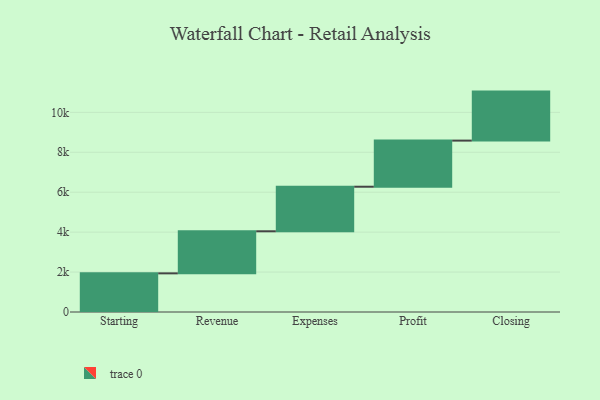
{"axis": {"x": "Step", "y": "Value"}, "legend": [""], "data": [{"x": "Starting", "y": 1936.0, "type": ""}, {"x": "Revenue", "y": 2107.0, "type": ""}, {"x": "Expenses", "y": 2232.0, "type": ""}, {"x": "Profit", "y": 2310.0, "type": ""}, {"x": "Closing", "y": 2454.0, "type": ""}]}